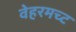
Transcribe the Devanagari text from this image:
वेहरमच्ट